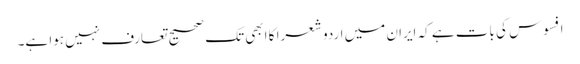
افسوس کی بات ہے کہ ایران میں اردو شعرا کا ابھی تک صحیح تعارف نہیں ہوا ہے۔